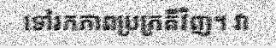
ទៅរកភាពប្រក្រតីវិញ។ វា